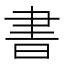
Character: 書